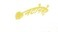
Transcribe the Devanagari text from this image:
कैनटोनमेंट